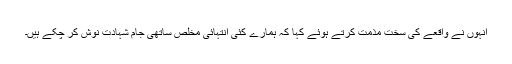
انہوں نے واقعے کی سخت مذمت کرتے ہوئے کہا کہ ہمارے کئی انتہائی مخلص ساتھی جام شہادت نوش کر چکے ہیں۔